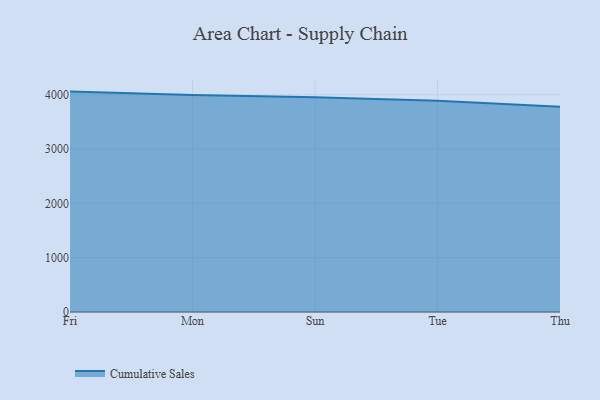
{"axis": {"x": "Day", "y": "Churn Rate (%)"}, "legend": ["Cumulative Sales"], "data": [{"x": "Fri", "y": 4058.3, "type": "Cumulative Sales"}, {"x": "Mon", "y": 3995.6, "type": "Cumulative Sales"}, {"x": "Sun", "y": 3956.1, "type": "Cumulative Sales"}, {"x": "Tue", "y": 3891.4, "type": "Cumulative Sales"}, {"x": "Thu", "y": 3781.3, "type": "Cumulative Sales"}]}